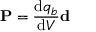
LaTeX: \mathbf { P } = { \frac { \mathrm { d } q _ { b } } { \mathrm { d } V } } \mathbf { d }